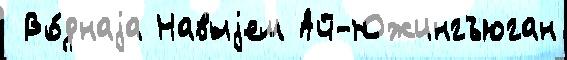
 Во́днаjа Навыjем Ай-Южингъюган